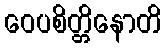
ဝေပစိတ္တိနောတိ